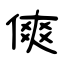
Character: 傸